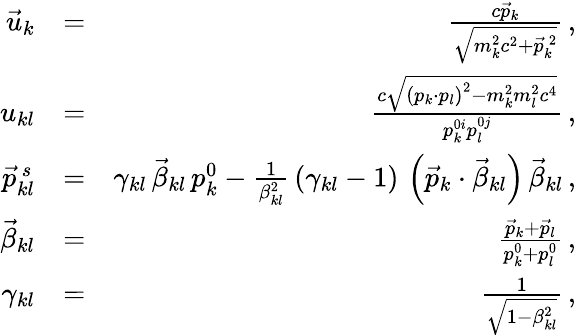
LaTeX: \begin{array}{rlr}{\vec{u}_{k}}&{=}&{\frac{c\vec{p}_{k}}{\sqrt{m_{k}^{2}c^{2}+\vec{p}_{k}^{\, 2}}}\, ,}\\ {u_{kl}}&{=}&{\frac{c\sqrt{\left(p_{k}\cdot p_{l}\right)^{2}-m_{k}^{2}m_{l}^{2}c^{4}}}{p_{k}^{0i}p_{l}^{0j}}\, ,}\\ {\vec{p}_{kl}^{\, s}}&{=}&{\gamma_{kl}\, \vec{\beta}_{kl}\, p_{k}^{0}-\frac{1}{\beta_{kl}^{2}}\, (\gamma_{kl}-1)\, \left(\vec{p}_{k}\cdot\vec{\beta}_{kl}\right)\, \vec{\beta}_{kl}\, ,}\\ {\vec{\beta}_{kl}}&{=}&{\frac{\vec{p}_{k}+\vec{p}_{l}}{p_{k}^{0}+p_{l}^{0}}\, ,}\\ {\gamma_{kl}}&{=}&{\frac{1}{\sqrt{1-\beta_{kl}^{2}}}\, ,}\end{array}